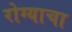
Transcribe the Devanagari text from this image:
रोग्याचा